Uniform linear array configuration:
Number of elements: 24
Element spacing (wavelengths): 1
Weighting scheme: binomial
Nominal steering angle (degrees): -30
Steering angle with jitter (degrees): -30.693
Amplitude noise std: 0.05
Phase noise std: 0.05

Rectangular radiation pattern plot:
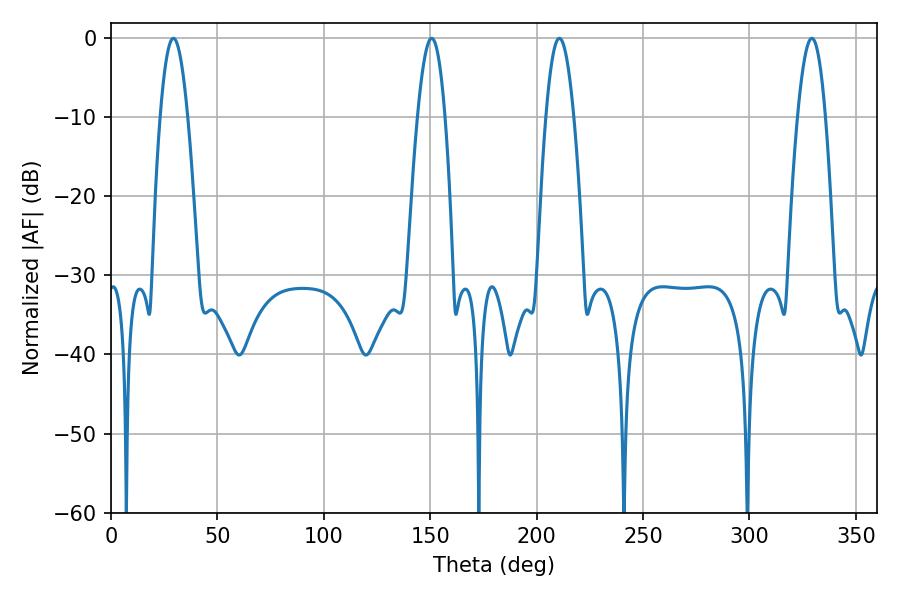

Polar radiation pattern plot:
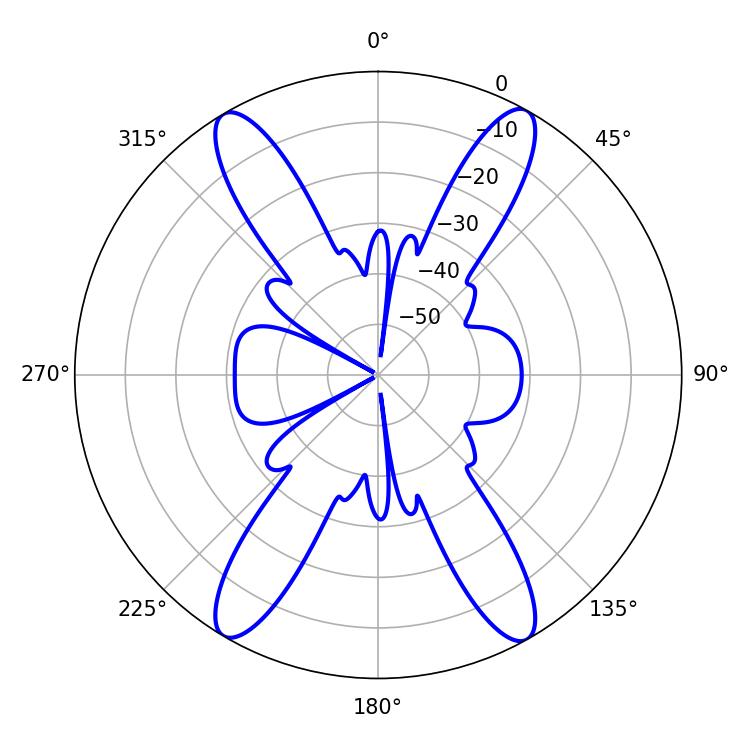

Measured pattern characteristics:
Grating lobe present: TRUE
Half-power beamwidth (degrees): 7.02
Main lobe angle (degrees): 29.34